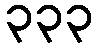
၃၃၃